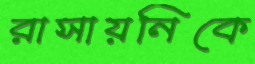
রাসায়নিকে